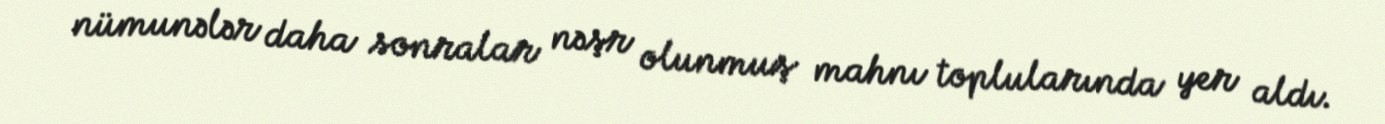
nümunələr daha sonralar nəşr olunmuş mahnı toplularında yer aldı.